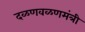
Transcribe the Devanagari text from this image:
दळणवळणमंत्री